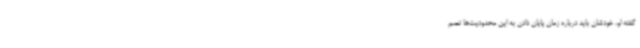
گفته او، خودشان باید درباره زمان پایان دادن به این محدودیت‌ها تصم